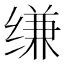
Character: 缣